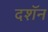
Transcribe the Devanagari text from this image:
दशॅन